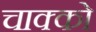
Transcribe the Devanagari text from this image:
चाक्को